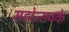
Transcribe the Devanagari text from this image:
महोत्सवके